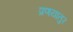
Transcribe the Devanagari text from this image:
प्रणयातुर